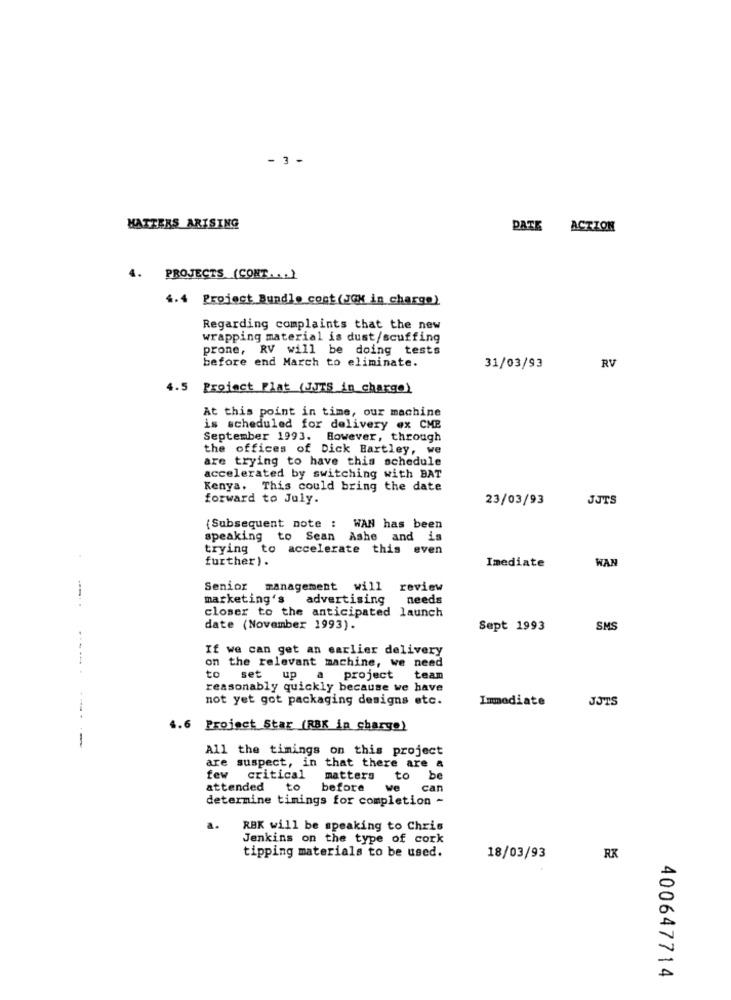
- 3 -
MATTERS ARISING
DATE ACTION
4. PROJECTS (CONT .. . )
4.4 Project Bundle cont (JOK in charge)
Regarding complaints that the new
wrapping material is dust/scuffing
prone, RV will be doing tests
before end March to eliminate.
31/03/93
RV
4.5 Project Plat (JJTS in charge)
At this point in time, our machine
is scheduled for delivery ex CMP
September 1993. However, through
the offices of Dick Bartley, we
are trying to have this schedule
accelerated by switching with BAT
Kenya. This could bring the date
forward to July.
23/03/93
JJTS
(Subsequent note : WAN has been
speaking to
Sean Ashe and is
trying to accelerate this even
further).
Imediate
WAN
Senior
management will review
marketing's
advertising
needs
closer to the anticipated launch
date (November 1993).
Sept 1993
SMS
If we can get an earlier delivery
on the relevant machine, we need
to
-----
set up
a project
team
reasonably quickly because we have
not yet got packaging designs etc.
Immediate
JOTS
4.6
Project Star (RBK in charge)
--
All the timings on this project
are suspect, in that there are a
few critical
matters to
attended to
before
ve
can
determine timings for completion -
a.
RBK will be speaking to Chris
Jenkins on the type of cork
tipping materials to be used.
18/03/93
RK
400647714